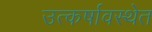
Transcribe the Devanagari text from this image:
उत्कर्षावस्थेत